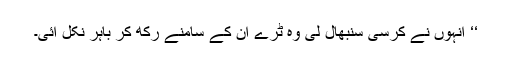
‘‘ انہوں نے کرسی سنبھال لی وہ ٹرے ان کے سامنے رکھ کر باہر نکل آئی۔